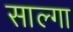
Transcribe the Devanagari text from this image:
साल्गा